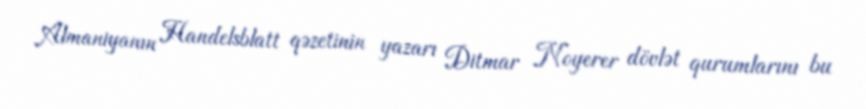
Almaniyanın Handelsblatt qəzetinin yazarı Ditmar Noyerer dövlət qurumlarını bu